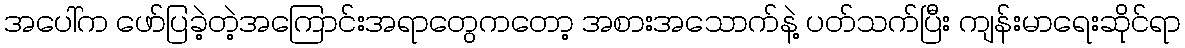
အပေါ်က ဖော်ပြခဲ့တဲ့အကြောင်းအရာတွေကတော့ အစားအသောက်နဲ့ ပတ်သက်ပြီး ကျန်းမာရေးဆိုင်ရာ